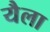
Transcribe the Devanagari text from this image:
यैला